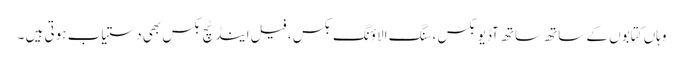
وہاں کتابوں کے ساتھ ساتھ آڈیو بکس ، سنگ الاؤنگ بکس ، فیل اینڈ ٹچ بکس بھی دستیاب ہوتی ہیں ۔